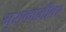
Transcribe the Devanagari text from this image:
मुराकामीवर